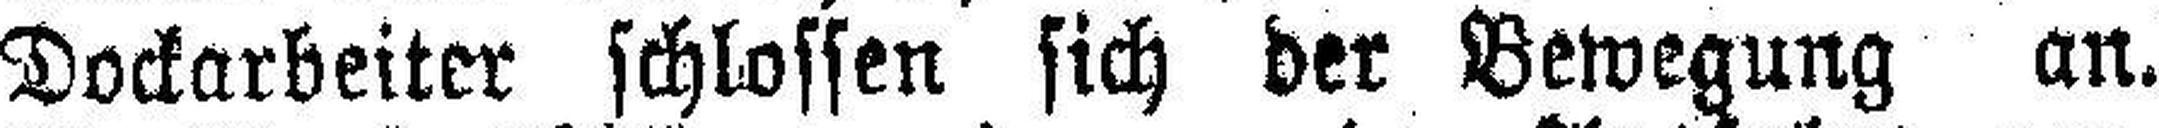
Dockarbeiter schlossen sich der Bewegung an.